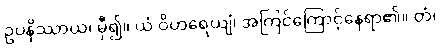
ဥပနိဿာယ၊ မှီ၍။ ယံ ဝိဟရေယျံ၊ အကြင်ကြောင့်နေရာ၏။ တံ၊